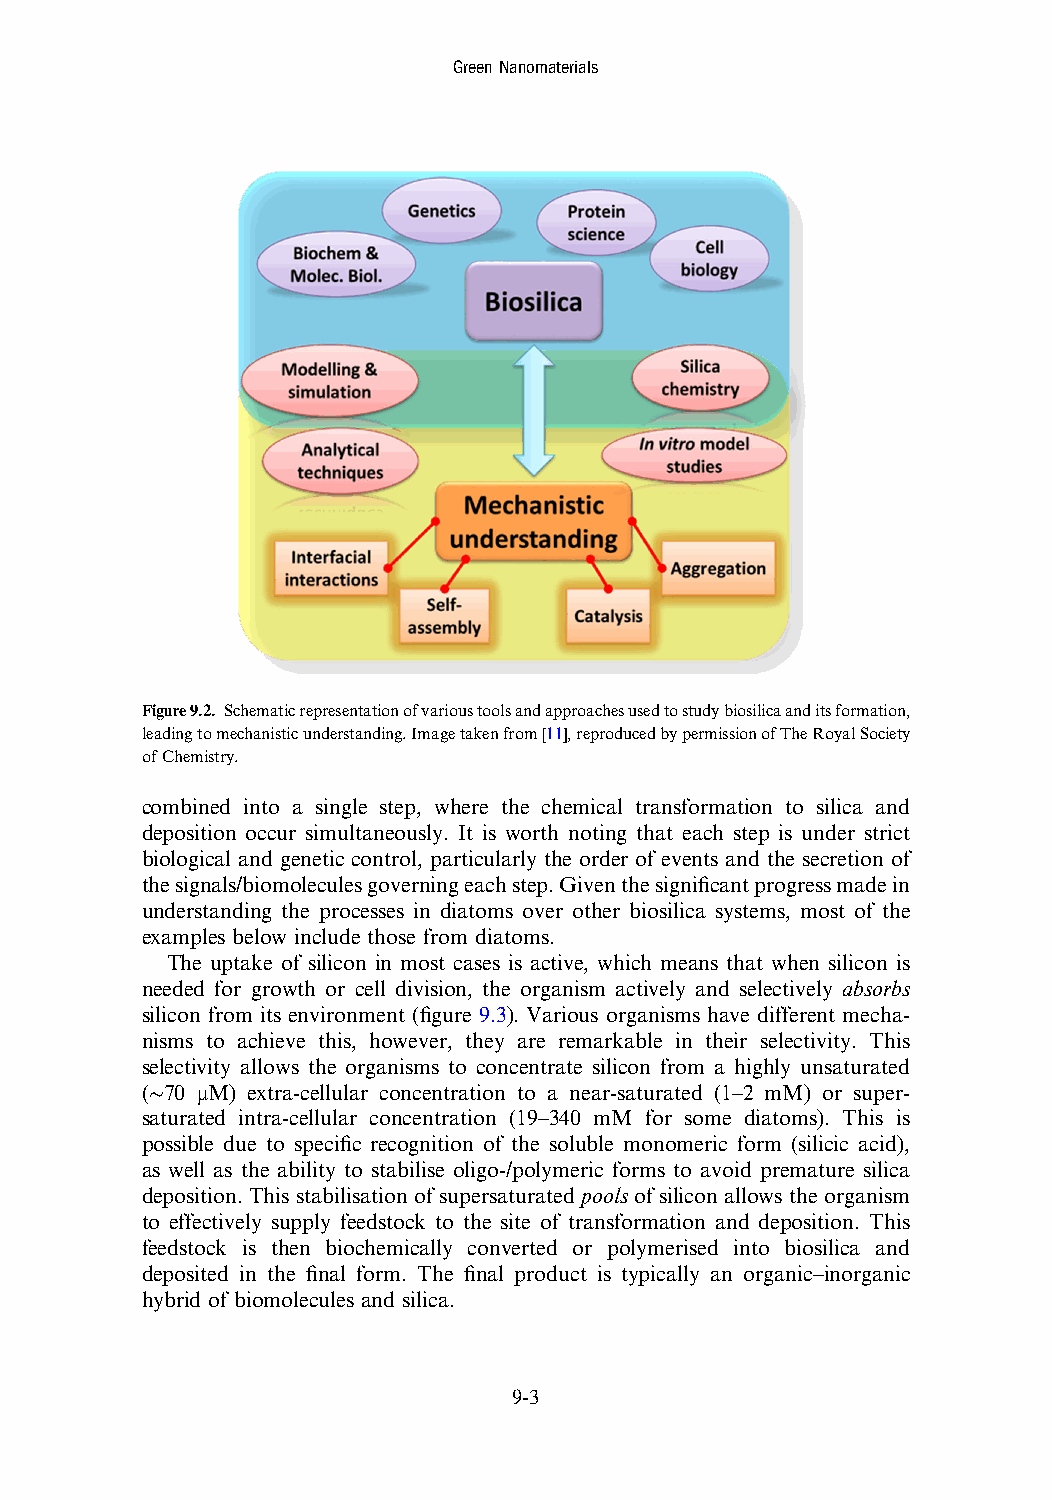
GreenNanomaterials
 Figure9.2. Schematicrepresentationofvarioustoolsandapproachesusedtostudybiosilicaanditsformation,
 leadingtomechanisticunderstanding.Imagetakenfrom[11],reproducedbypermissionofTheRoyalSociety
 ofChemistry.
 combined into a single step, where the chemical transformation to silica and
 deposition occur simultaneously. It is worth noting that each step is under strict
 biological and genetic control, particularly the order of events and the secretion of
 thesignals/biomoleculesgoverningeachstep.Giventhesignificantprogressmadein
 understanding the processes in diatoms over other biosilica systems, most of the
 examples below include those from diatoms.
 The uptake of silicon in most cases is active, which means that when silicon is
 needed for growth or cell division, the organism actively and selectively absorbs
 silicon from its environment (figure 9.3). Various organisms have different mecha-
 nisms to achieve this, however, they are remarkable in their selectivity. This
 selectivity allows the organisms to concentrate silicon from a highly unsaturated
 (∼70 μM) extra-cellular concentration to a near-saturated (1–2 mM) or super-
 saturated intra-cellular concentration (19–340 mM for some diatoms). This is
 possible due to specific recognition of the soluble monomeric form (silicic acid),
 as well as the ability to stabilise oligo-/polymeric forms to avoid premature silica
 deposition. This stabilisation of supersaturated pools of silicon allows the organism
 to effectively supply feedstock to the site of transformation and deposition. This
 feedstock is then biochemically converted or polymerised into biosilica and
 deposited in the final form. The final product is typically an organic–inorganic
 hybrid of biomolecules and silica.
 9-3